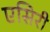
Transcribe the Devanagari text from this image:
एसिरी